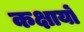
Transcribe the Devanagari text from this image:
कक्षायों